Report of the Indian Hemp Drugs Commission, 1894-1895 - Volume VI
Year: 1894
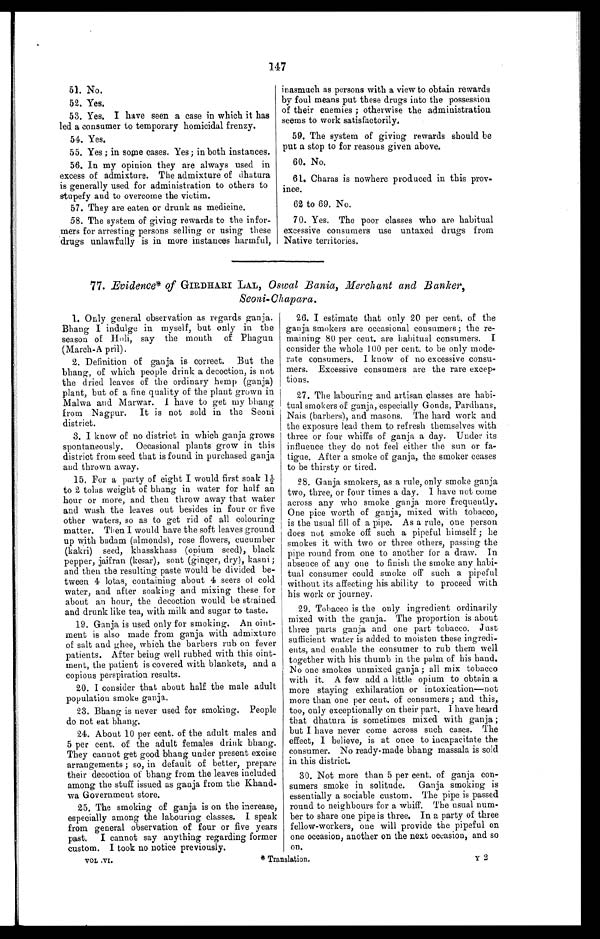
147
51. No.
52. Yes.
53. Yes. I have seen a case in which it has
led a consumer to temporary homicidal frenzy.
54. Yes.
55. Yes ; in some cases. Yes; in both instances.
56. In my opinion they are always used in
excess of admixture. The admixture of dhatura
is generally used for administration to others to
stupefy and to overcome the victim.
57. They are eaten or drunk as medicine.
58. The system of giving rewards to the infor-
mers for arresting persons selling or using these
drugs unlawfully is in more instances harmful,
inasmuch as persons with a view to obtain rewards
by foul means put these drugs into the possession
of their enemies ; otherwise the administration.
seems to work satisfactorily.
59. The system of giving rewards should be
put a stop to for reasons given above.
60. No.
61. Charas is nowhere produced in this prov-
ince.
62 to 69. No.
70. Yes. The poor classes who are habitual
excessive consumers use untaxed drugs from
Native territories.
77. Evidence* of GIRDHARI LAL, Oswal Bania, Merchant and Banker,
Seoni-Chapara.
1. Only general observation as regards ganja.
Bhang I indulge in myself, but only in the
season of Holi, say the month of Phagun
(March-April).
2. Definition of ganja is correct. But the
bhang, of which people drink a decoction, is not
the dried leaves of the ordinary hemp (ganja)
plant, but of a fine quality of the plant grown in
Malwa and Marwar. I have to get my bhang
from Nagpur. It is not sold in the Seoni
district.
3. I know of no district in which ganja grows
spontaneously. Occasional plants grow in this
district from seed that is found in purchased ganja
and thrown away.
15, For a party of eight I would first soak 1 ½
to 2 tolas weight of bhang in water for half an
hour or more, and then throw away that water
and wash the leaves out besides in four or five
other waters, so as to get rid of all colouring
matter. Then I would have the soft leaves ground
up with badam (almonds), rose flowers, cucumber
(kakri) seed, khasskhass (opium seed), black
pepper, jaifran (kesar), sont (ginger, dry), kasni ;
and then the resulting paste would be divided be--
tween 4 lotas, containing about 4 seers of cold
water, and after soaking and mixing these for
about an hour, the decoction would be strained
and drunk like tea, with milk and sugar to taste.
19. Ganja, is used only for smoking. An oint-
ment is also made from ganja with admixture
of salt and ghee, which the barbers rub on fever
patients. After being well rubbed with this oint--
ment, the patient is covered with blankets, and a
copious perspiration results.
20. I consider that about half the male adult
population smoke ganja.
23. Bhang is never used for smoking. People
do not eat bhang.
24. About 10 per cent. of the adult males and
5 per cent. of the adult females drink bhang.
They cannot get good bhang under present excise
arrangements; so, in default of better, prepare
their decoction of bhang from the leaves included
among the stuff issued as ganja from the Khand-
wa Government store.
25. The smoking of ganja is on the increase,
especially among the labouring classes. I speak
from general observation of four or five years
past. I cannot say anything regarding former
custom. I took no notice previously.
26. I estimate that only 20 per cent, of the
ganja smokers are occasional consumers; the re-
maining 80 per cent, are habitual consumers. I
consider the whole 100 per cent, to be only mode-
rate consumers. I know of' no excessive consu-
mers. Excessive consumers are the rare excep-
tions.
27. The labouring and artisan classes are habi-
tual smokers of ganja, especially Goads, Pardhans,
Nais (barbers), and masons. The hard work and
the exposure lead them to refresh themselves with
three or four whiffs of ganja a day. Under its
influence they do not feel either the sun or fa-
tigue. After a smoke of ganja, the smoker ceases
to be thirsty or tired.
28. Ganja smokers, as a rule, only smoke ganja
two, three, or four times a day. I have not come
across any who smoke ganja more frequently.
One pice worth of ganja, mixed with tobacco,
is the usual fill of a pipe. As a rule, one person
does nut smoke off such a pipeful himself; he
smokes it with two or three others, passing the
pipe round from one to another for a draw. In
absence of any one to finish the smoke any habi--
tual consumer could smoke off such a pipeful
without its affecting his ability to proceed with
his work or journey.
29. Tobacco is the only ingredient ordinarily
mixed with the ganja. The proportion is about
three parts ganja and one part tobacco. Just
sufficient water is added to moisten these ingredi-
ents, and enable the consumer to rub them well
together with his thumb in the palm of his hand.
No one smokes unmixed ganja; all mix tobacco
with it. A few add a little opium to obtain a
more staying exhilaration or intoxication—not
more than one per cent. of consumers ; and this,
too, only exceptionally on their part. I have heard
that dhatu.ra is sometimes mixed with ganja ;
but I have never come across such cases. The
effect, I believe, is at once to incapacitate the
consumer. No ready-made bhang massala is sold
in this district.
30. Not more than 5 per cent. of ganja con-
sumers smoke in solitude. Ganja smoking is
essentially a sociable custom. The pipe is passed
round to neighbours for a whiff. The usual num-
ber to share one pipe is three. In a party of three
fellow-workers, one will provide the pipeful on
one occasion, another on the next occasion, and so
on.
VOL NI.
4 Translation,
Y